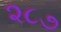
૨૮૭